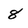
Character: 8